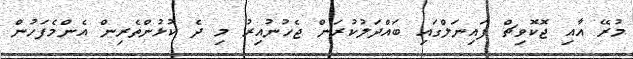
މުރޭ އާއި ޖޮކޮވިޗް ފައިނަލްގައި ބައްދަލުކުރަން ޖެހުނުއިރު މި ދެ ކުޅުންތެރިން އެންމެފަހުން